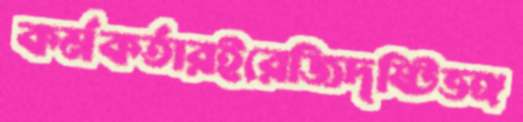
কর্মকর্তারইরেজিদৃষ্টিভঙ্গ